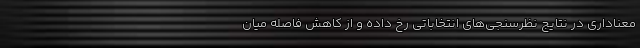
معناداری در نتایج نظرسنجی‌های انتخاباتی رخ داده و از کاهش فاصله میان